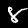
Label: 8